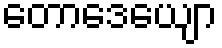
တောဒေယျော